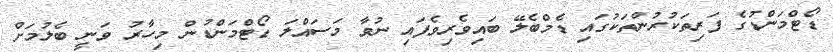
ޑޯޓްމަންޑުގެ ފަރިތަކުރުންތަކުގައި ޑެމްބެލޭ ބައިވެރިވެފައި ނުވާ މަސައްލަ ޑޯޓްމަންޑުން މިހާރު ވަނީ ބެލުމަށް